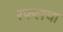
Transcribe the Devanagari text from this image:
रफलचा